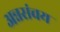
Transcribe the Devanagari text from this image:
अन्नसंचय